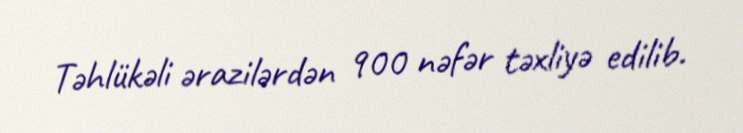
Təhlükəli ərazilərdən 900 nəfər təxliyə edilib.